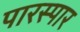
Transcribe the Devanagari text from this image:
पारस्पार